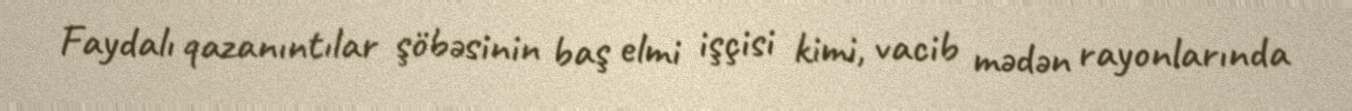
Faydalı qazanıntılar şöbəsinin baş elmi işçisi kimi, vacib mədən rayonlarında